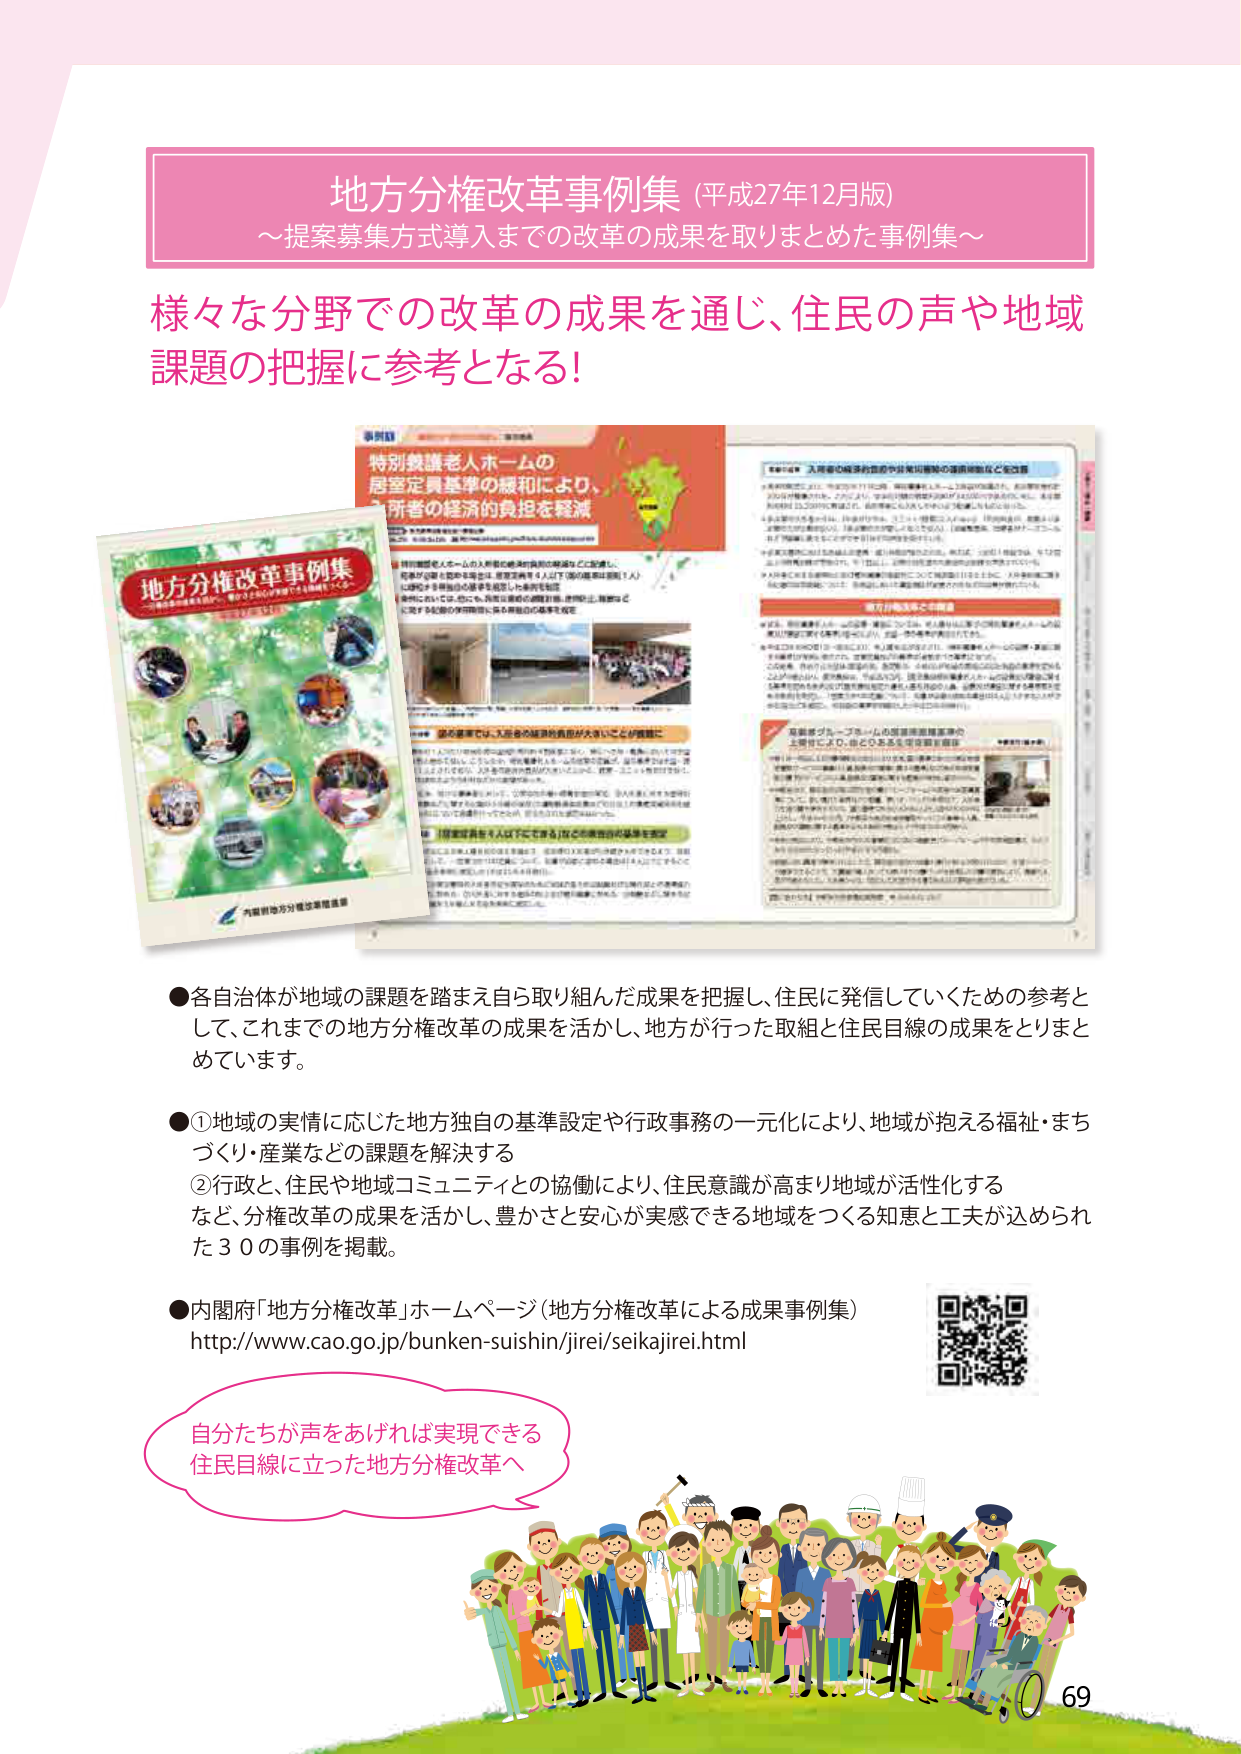
地方分権改革事例集（平成27年12月版）
～提案募集方式導入までの改革の成果を取りまとめた事例集～

様々な分野での改革の成果を通じ、住民の声や地域課題の把握に参考となる！

地方分権改革事例集
～住民目線に立った地方分権改革～

特別養護老人ホームの
居室定員基準の緩和により、
入所者の経済的負担を軽減

●各自治体が地域の課題を踏まえ自ら取り組んだ成果を把握し、住民に発信していくための参考として、これまでの地方分権改革の成果を活かし、地方が行った取組と住民目線の成果をとりまとめています。

●①地域の実情に応じた地方独自の基準設定や行政事務の一元化により、地域が抱える福祉・まちづくり・産業などの課題を解決する
②行政と、住民や地域コミュニティとの協働により、住民意識が高まり地域が活性化するなど、分権改革の成果を活かし、豊かさと安心が実感できる地域をつくる知恵と工夫が込められた30の事例を掲載。

●内閣府「地方分権改革」ホームページ（地方分権改革による成果事例集）
http://www.cao.go.jp/bunken-suishin/jirei/seikajirei.html

自分たちが声をあげれば実現できる
住民目線に立った地方分権改革へ

69